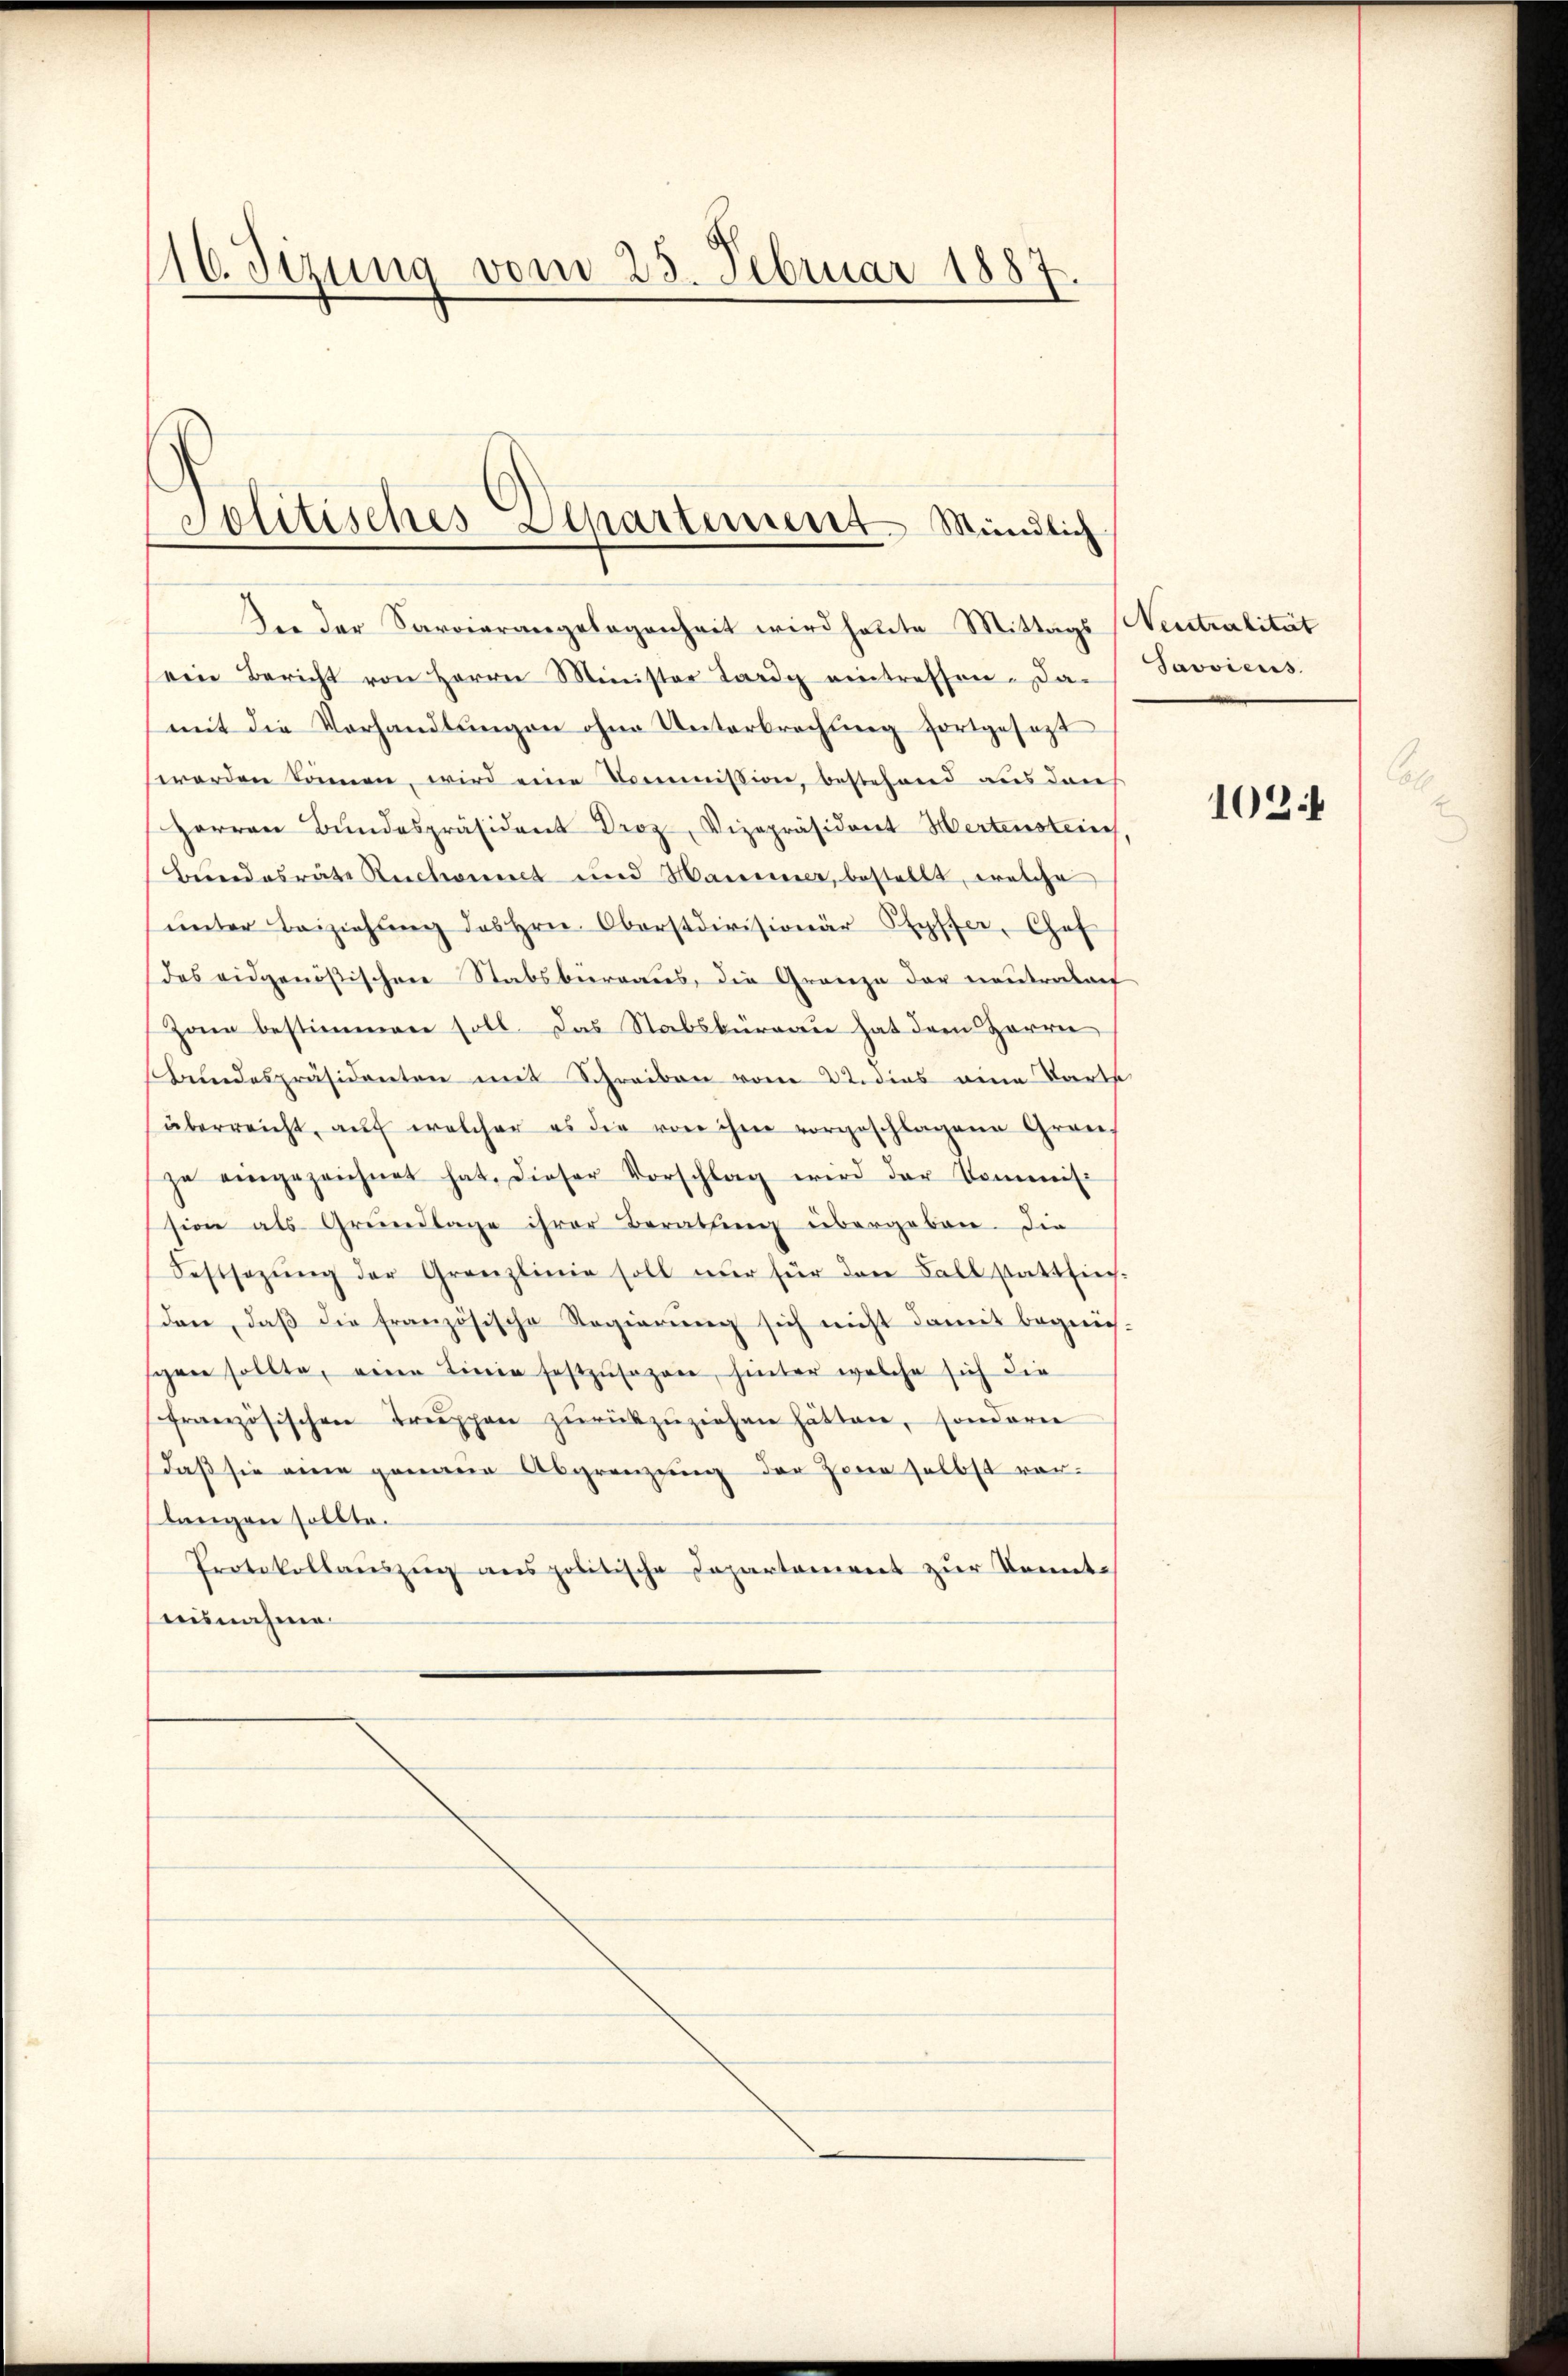
16. Sizung vom 25. Februar 1887

Politisches Departement Mündlich

Die der Sarvierangelegenheit wird heute Mittags Neutralität
ein Bericht von Herrn Minister Lardy eintreffen. Das
mit die Vorhandlŭngen ohne Unterbrechung fortgesezt
werden können, wird eine Commission, bestehend aus dan
Herren Bŭndespräsident Droz, Vizepräsident Wertenstein
Bundesräte Rechnet und Mauer, bestellt, welche
ŭnter Beiziehŭng des Hrn. Oberstdivisionär Ryffer, Chef
des eidgenößischen Stabsbureaus, die Gränze der neutenbach
Zonen bestimmen soll. Das Stabsbüreau hat dem Herrn
Bundespräsidenten mit Schreiben vom 22 dies eine Parte
überreicht, aŭf welcher es die von ihm vorgeschlagene Gran
ze eingezeichnet hat. Dieser Vorschlag wird der Kommis-
sion als Grŭndlage ihrer Berathung übergeben. Die
Festsezŭng der Granzlinie soll nur für den Fall stattfieg-
den, daβ die französische Regierŭng sich nicht damit begnü-
spen sollte, eine Linie festzŭsazen, hinter welche sich die
französischen Trŭppen zŭrückzŭziehen hätten, sonderen
daß sie eine genaue Abgrenzung der Zenn selbst vorlangen sollte.
Protokollaŭszŭg anspolitische Departement zŭr Konnte
aisnahme.

Javviens.

102.